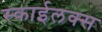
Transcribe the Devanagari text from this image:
स्काईलक्स